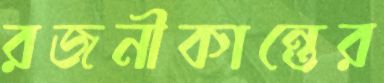
রজনীকান্তের